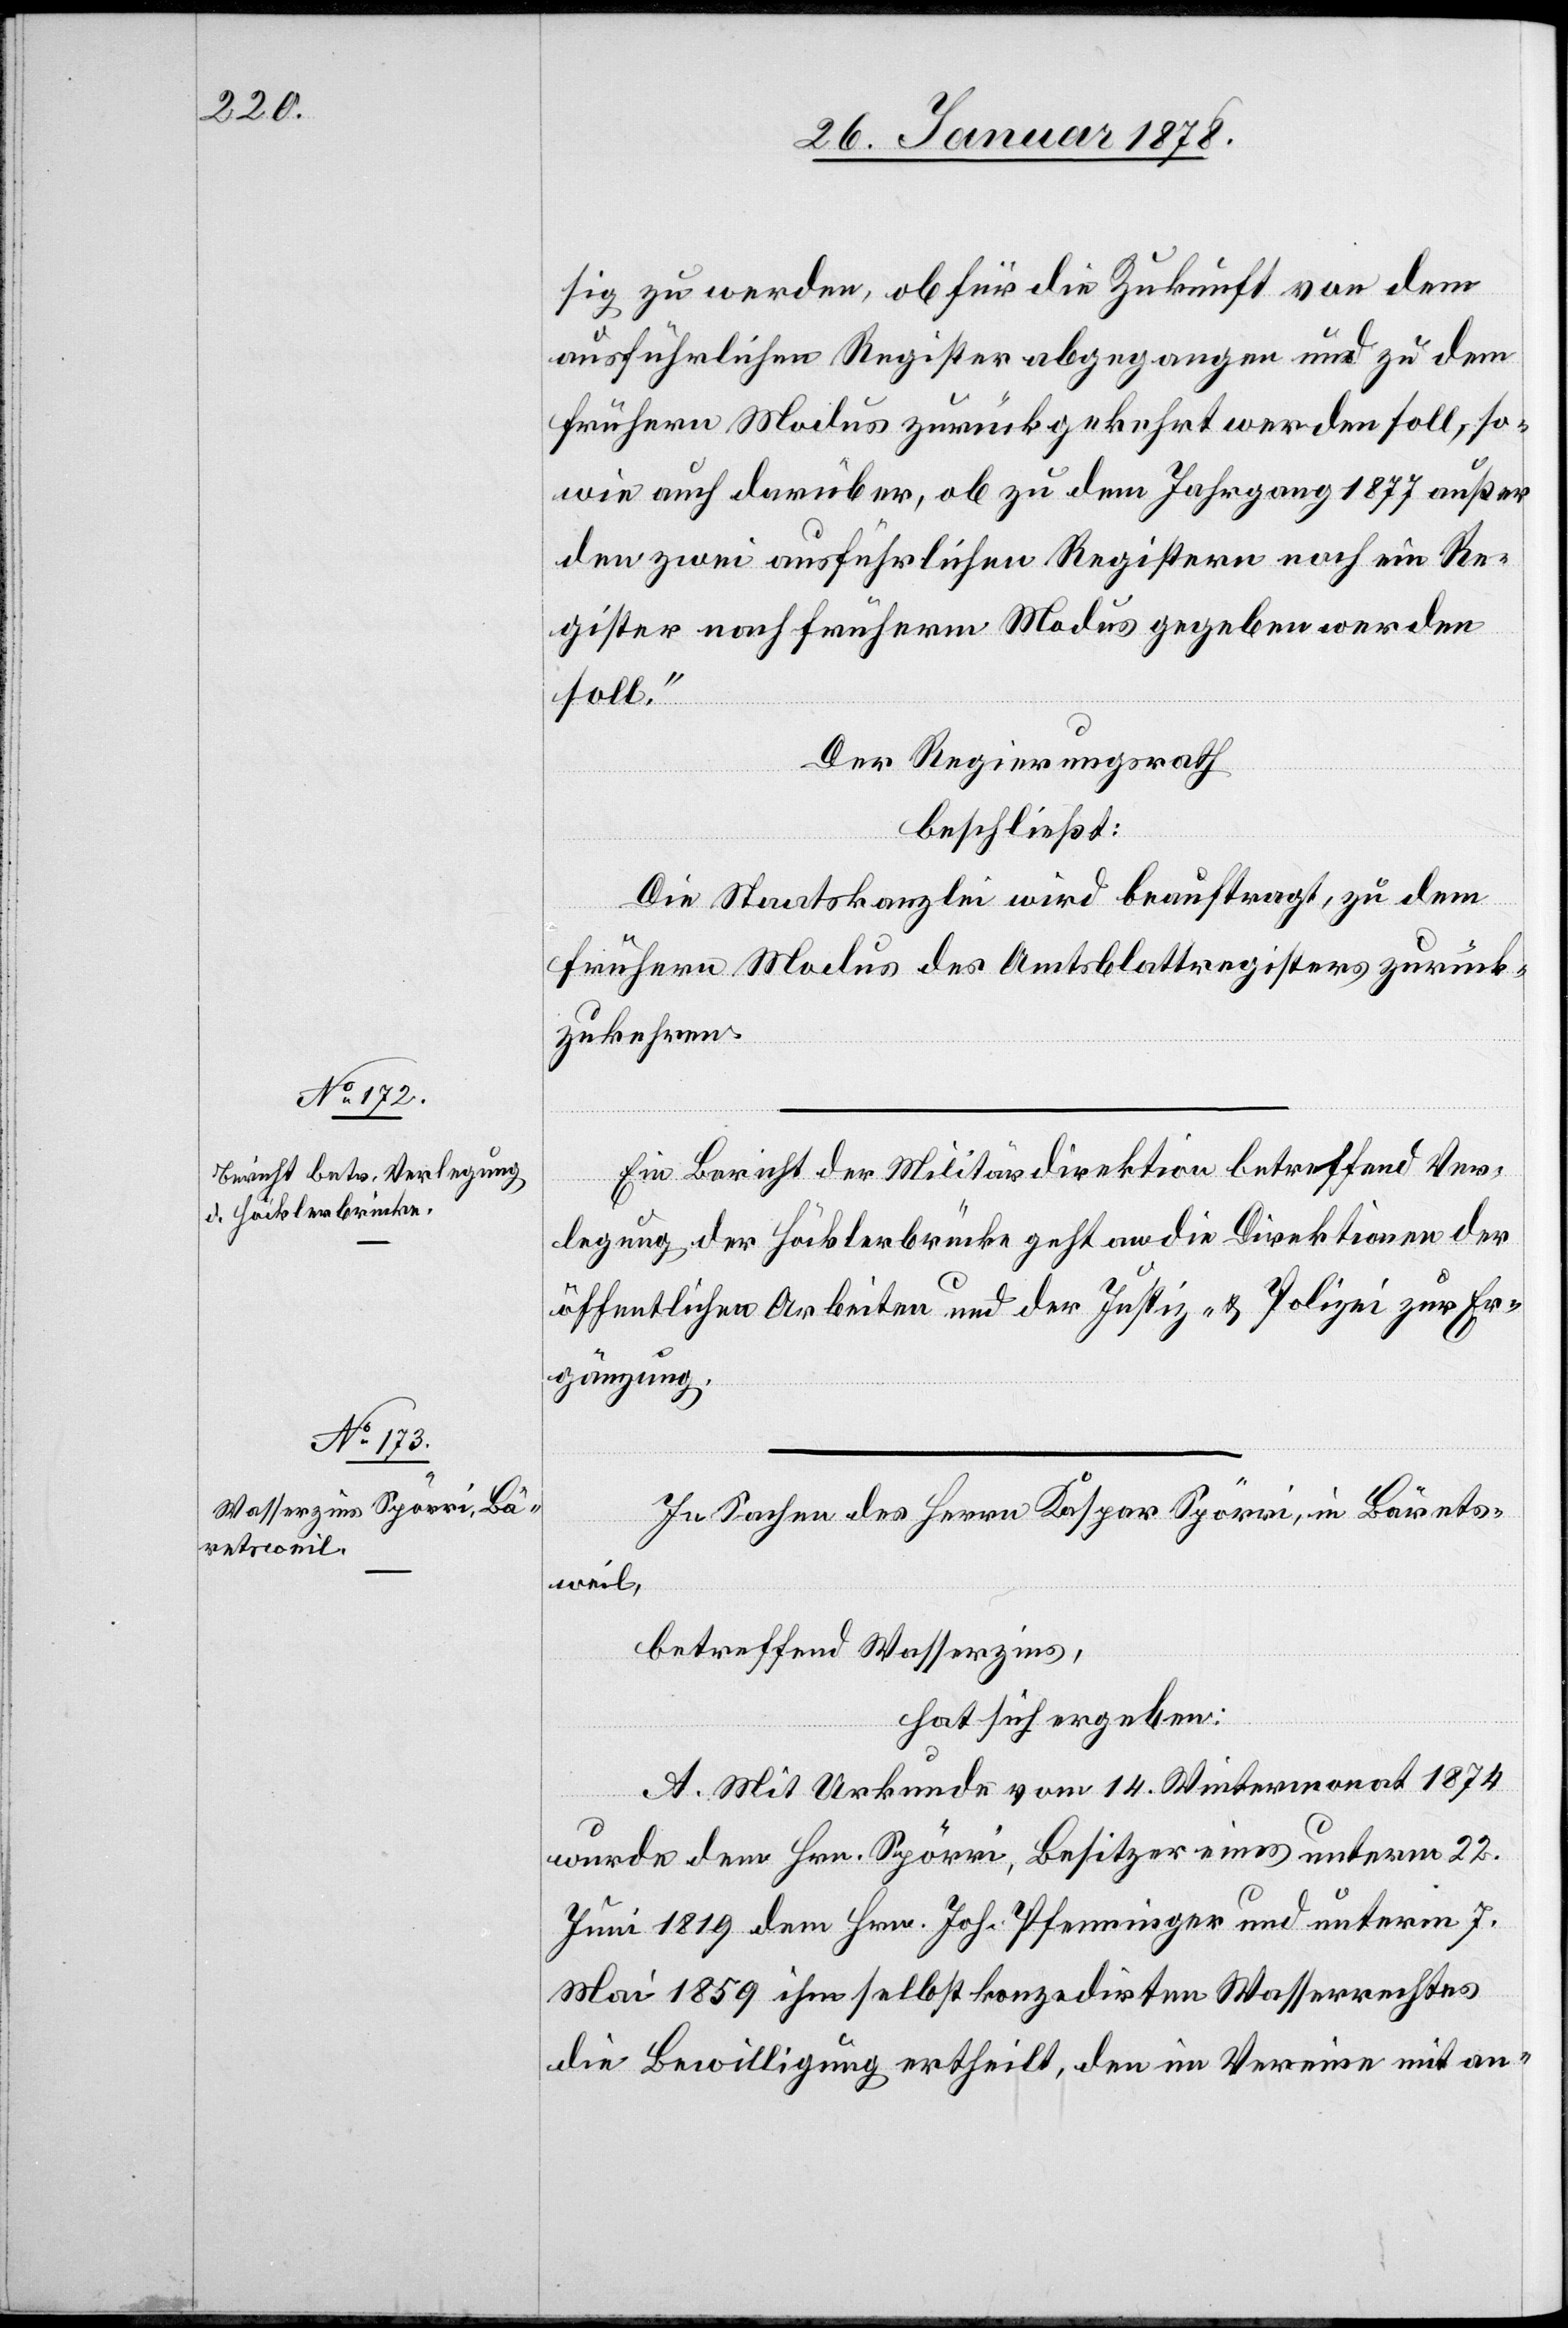
sig zu werden, ob für die Zukunft von dem
ausführlichen Register abgegangen und zu dem
frühern Modus zurückgekehrt werden soll, so¬
wie auch darüber, ob zu dem Jahrgang 1877 außer
den zwei ausführlichen Registern noch ein Re¬
gister nach früherm Modus gegeben werden
soll.“
Der Regierungsrath
beschließt:
Die Staatskanzlei wird beauftragt, zu dem
frühern Modus des Amtsblattregisters zurück¬
zukommen.
Ein Bericht der Militärdirektion betreffend Ver¬
legung der Häcklerbrücke geht an die Direktionen der
öffentlichen Arbeiten und der Justiz & Polizei zur Er¬
gänzung.
In Sachen des Herrn Kaspar Spörri, in Bärets¬
weil,
betreffend Wasserzins,
hat sich ergeben:
A. Mit Urkunde vom 14. Wintermonat 1874
wurde dem Hrn. Spörri, Besitzer eines unterm 22.
Juni 1819 dem Hrn. Joh. Pfenninger und unterm 7.
Mai 1859 ihm selbst konzedirten Wasserrechtes
die Bewilligung ertheilt, den im Vereine mit an-